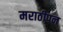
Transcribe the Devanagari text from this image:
मराठीपन